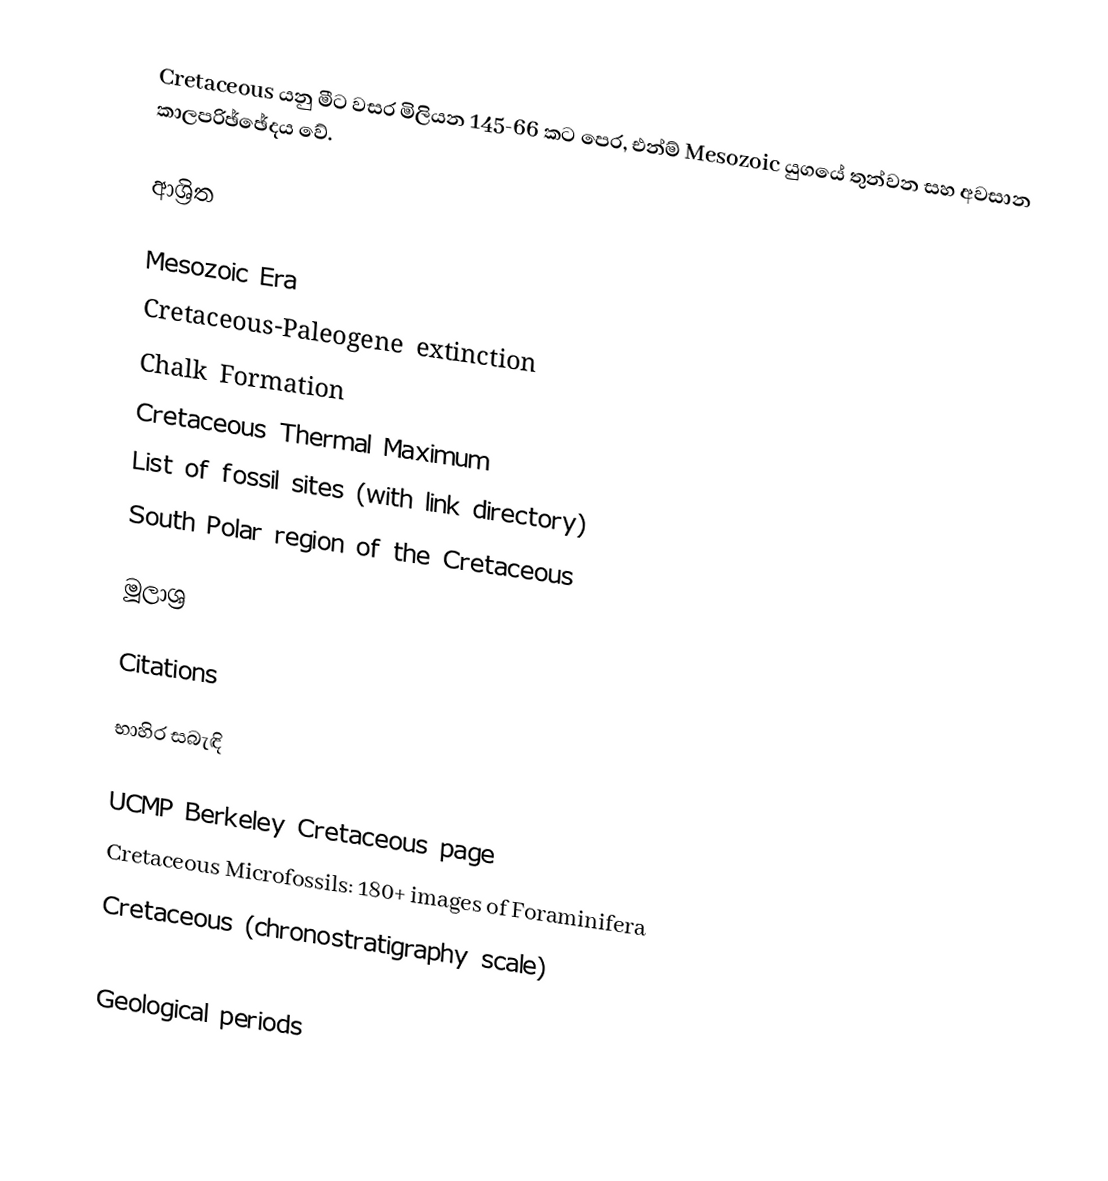
Cretaceous යනු මීට වසර මිලියන 145-66 කට පෙර, එන්ම් Mesozoic යුගයේ තුන්වන සහ අවසාන කාලපරිඡ්ඡේදය වේ.

ආශ්‍රිත

 Mesozoic Era
 Cretaceous-Paleogene extinction
 Chalk Formation
 Cretaceous Thermal Maximum
 List of fossil sites (with link directory)
 South Polar region of the Cretaceous

මූලාශ්‍ර

Citations

භාහිර සබැඳි

UCMP Berkeley Cretaceous page
Cretaceous Microfossils: 180+ images of Foraminifera
Cretaceous (chronostratigraphy scale)

Geological periods